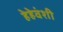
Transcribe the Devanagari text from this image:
हेहेवंशी